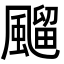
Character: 飀